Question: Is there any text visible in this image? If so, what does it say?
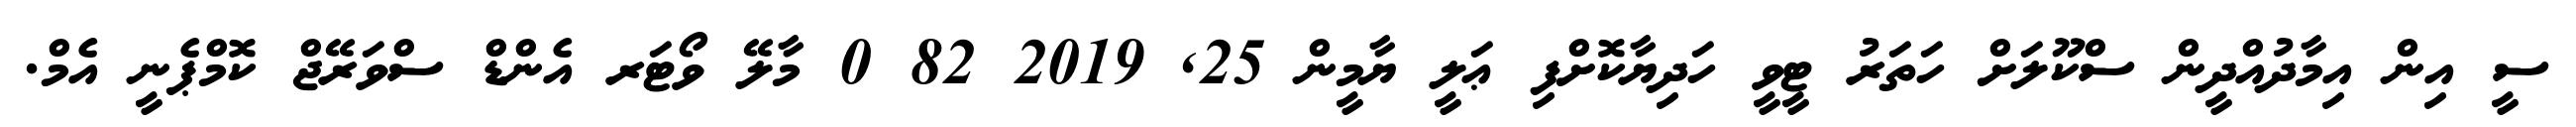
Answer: ސީ އިން އިމާދުއްދީން ސްކޫލަށް ހަތަރު ޓީވީ ހަދިޔާކޮށްފި ޢަލީ ޔާމީން 25, 2019 82 0 މާލޭ ވޯޓަރ އެންޑް ސްވަރޭޖް ކޮމްޕެނީ އެމް.